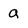
Character: a